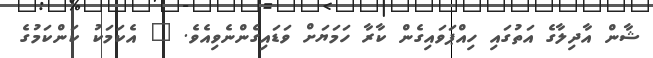
ޝާން އާދިލާގެ އަތުގައި ހިއްޕަވައިގެން ކާރާ ހަމަޔަށް ވަޑައިގެންނެވިއެވެ. " އެކަމަކު ކަންކަމުގެ